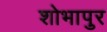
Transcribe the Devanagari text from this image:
शोभापुर